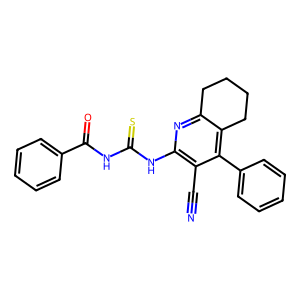
SMILES: N#Cc1c(NC(=S)NC(=O)c2ccccc2)nc2c(c1-c1ccccc1)CCCC2
Inhibits HIV replication: No